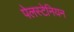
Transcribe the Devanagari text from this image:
पेलस्टेनियन